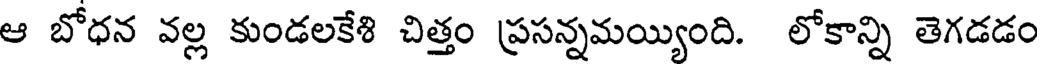
ఆ బోధన వల్ల కుండలకేశి చిత్తం ప్రసన్నమయ్యింది. లోకాన్ని తెగడడం